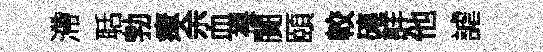
滯聒勃瘴余血裸闠頤較磚詳他謔